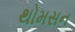
થોમસન